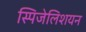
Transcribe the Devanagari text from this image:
स्पिजेलिशयन